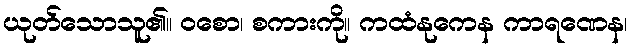
ယုတ်သောသူ၏။ ဝစော၊ စကားကို။ ကထံနုကေန ကာရဏေန၊